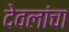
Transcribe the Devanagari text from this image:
देवलांचा